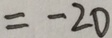
= - 2 0